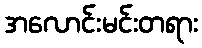
အလောင်းမင်းတရား